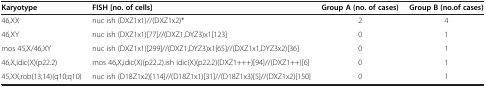
| Karyotype | FISH [no. of cells] | Group A (no. of cases) | Group B (no.of cases) |
 | --- | --- | --- | --- |
 | 46,XX | nuc ish (DXZ1x1)//(DXZ1x2)* | 2 | 4 |
 | 46,XY | nuc ish (DXZ1x1)[77]//(DXZ1,DYZ3)x1[123] | 0 | 1 |
 | mos 45,X/46,XY | nuc ish (DXZ1x1)[299]//(DXZ1,DYZ3)x1[65]//(DXZ1x1,DYZ3x2)[36] | 0 | 1 |
 | 46,X,idic(X)(p22.2) | mos 46,X,idic(X)(p22.2).ish idic(X)(p22.2)(DXZ1+++)[94]//(DXZ1++)[6] | 0 | 1 |
 | 45,XX,rob(13;14)(q10;q10) | nuc ish (D18Z1x2)[114]//(D18Z1x1)[31]//(D18Z1x3)[5]//(DXZ1x2)[150] | 0 | 1 |